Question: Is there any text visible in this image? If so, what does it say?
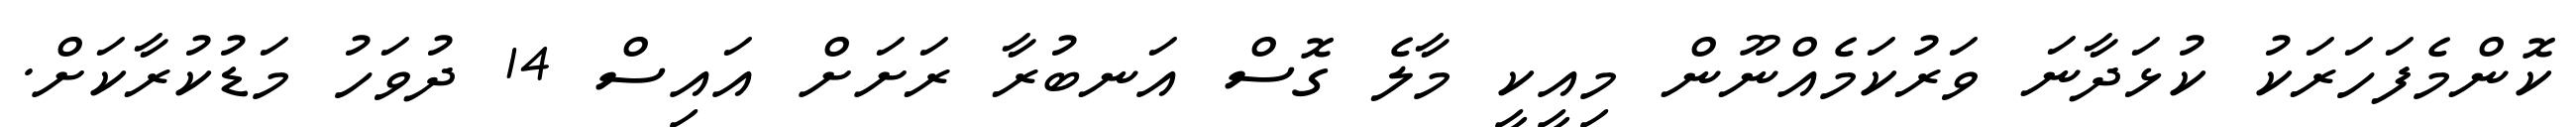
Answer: ކޮންމެފަހަރަކު ކުޅަދާނަ ވަރުކަމެއްނޫން މިއީކީ މާލެ ގޮސް އަނބުރާ ރަށަށް އައިސް 14 ދުވަހު މަޑުކުރާކަށް.